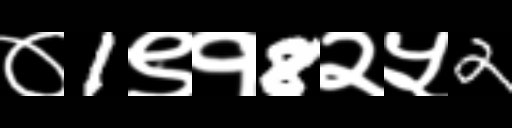
Text: ०1९१8२५2